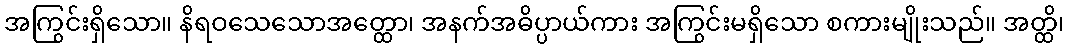
အကြွင်းရှိသော။ နိရဝသေသောအတ္ထော၊ အနက်အဓိပ္ပာယ်ကား အကြွင်းမရှိသော စကားမျိုးသည်။ အတ္ထိ၊